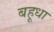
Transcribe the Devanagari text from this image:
बहूधा